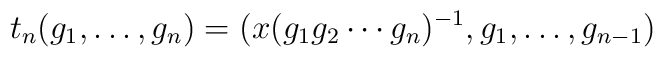
t_{n}(g_{1},\ldots ,g_{n}) = (x(g_{1}g_{2}\cdots g_{n})^{-1},                              g_{1}, \ldots ,g_{n-1})